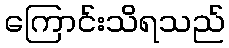
ကြောင်းသိရသည်